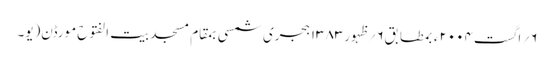
۶؍ اگست۲۰۰۴ء بمطابق۶؍ظہور۱۳۸۳ہجری شمسی بمقام مسجد بیت الفتوح مورڈن(یو۔